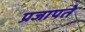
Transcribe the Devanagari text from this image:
प्रजापते